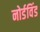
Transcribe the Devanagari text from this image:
नोर्डविंड